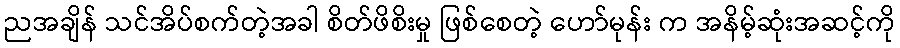
ညအချိန် သင်အိပ်စက်တဲ့အခါ စိတ်ဖိစိးမှု ဖြစ်စေတဲ့ ဟော်မုန်း က အနိမ့်ဆုံးအဆင့်ကို